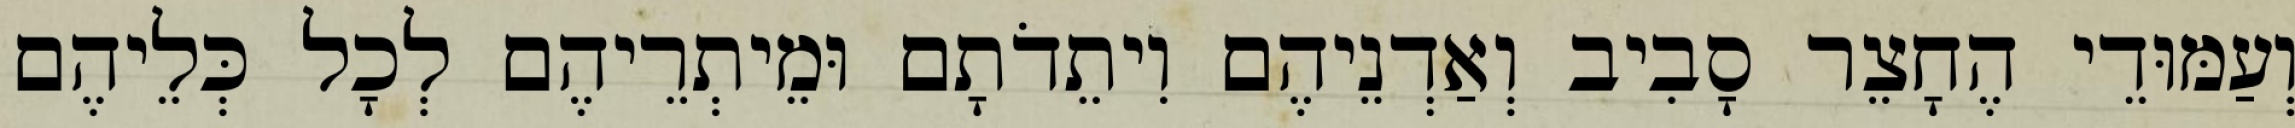
וְעַמּוּדֵי הֶחָצֵר סָבִיב וְאַדְנֵיהֶם וִיתֵדֹתָם וּמֵיתְרֵיהֶם לְכָל כְּלֵיהֶם